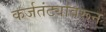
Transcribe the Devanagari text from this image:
कर्जतंट्यावरून